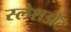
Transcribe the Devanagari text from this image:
स्लेशडॉट